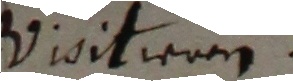
Vivitieren.